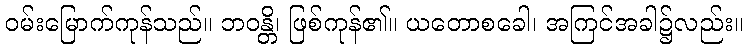
ဝမ်းမြောက်ကုန်သည်။ ဘဝန္တိ၊ ဖြစ်ကုန်၏။ ယတောစခေါ၊ အကြင်အခါ၌လည်း။